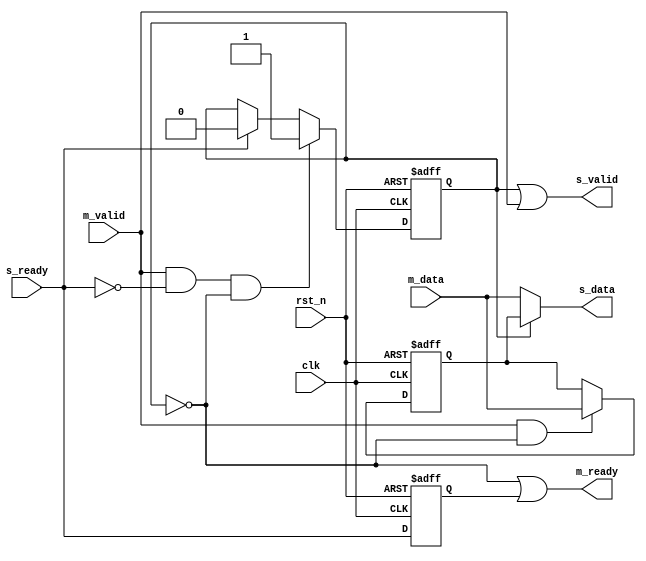
module axi_brs #(parameter DW='d64) (
    input  [DW-1 : 0] m_data,
    input             m_valid,
    output            m_ready,

    output  [DW-1 : 0] s_data,
    output             s_valid,
    input                 s_ready,

    input                 clk,
    input                 rst_n
);

reg valid_tmp;
reg [DW-1 : 0] data_tmp;
reg ready_tmp;

assign s_valid = valid_tmp | m_valid;
assign m_ready = ~valid_tmp | ready_tmp;

always @(posedge clk or negedge rst_n) begin
    if(!rst_n)
        valid_tmp <= 1'b0;
    else if(m_valid ==1'b1 && s_ready==1'b0 && valid_tmp==1'b0)
        valid_tmp <= 1'b1;
    else if(s_ready == 1'b1)
        valid_tmp <= 1'b0;
end        

always @(posedge clk or negedge rst_n) begin
    if(!rst_n)
        ready_tmp <= 0;
    else 
        ready_tmp <= s_ready;
end

always @(posedge clk or negedge rst_n) begin
    if(!rst_n)
        data_tmp <= 'd0;
    else if(m_valid == 1'b1 && valid_tmp==1'b0)
        data_tmp <= m_data; 
end
assign s_data = (valid_tmp==1'b1) ? data_tmp:m_data;

    
endmodule